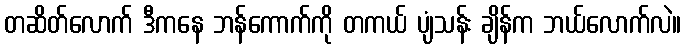
တဆိတ်လောက် ဒီကနေ ဘန်ကောက်ကို တကယ် ပျံသန်း ချိန်က ဘယ်လောက်လဲ။